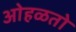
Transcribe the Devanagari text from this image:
ओहळतो